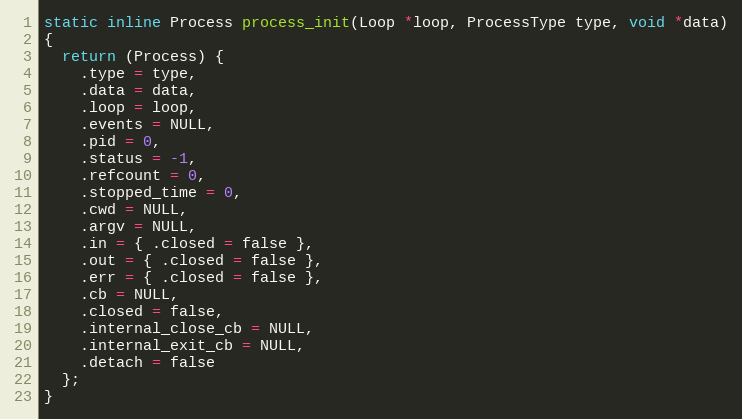
Language: C
static inline Process process_init(Loop *loop, ProcessType type, void *data)
{
  return (Process) {
    .type = type,
    .data = data,
    .loop = loop,
    .events = NULL,
    .pid = 0,
    .status = -1,
    .refcount = 0,
    .stopped_time = 0,
    .cwd = NULL,
    .argv = NULL,
    .in = { .closed = false },
    .out = { .closed = false },
    .err = { .closed = false },
    .cb = NULL,
    .closed = false,
    .internal_close_cb = NULL,
    .internal_exit_cb = NULL,
    .detach = false
  };
}